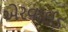
એરવાઈડ